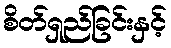
စိတ်ရှည်ခြင်းနှင့်